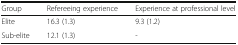
<table><thead><tr><td><b>Group</b></td><td><b>Refereeing experience</b></td><td><b>Experience at professional level</b></td></tr></thead><tbody><tr><td>Elite</td><td>16.3 (1.3)</td><td>9.3 (1.2)</td></tr><tr><td>Sub-elite</td><td>12.1 (1.3)</td><td>-</td></tr></tbody></table>